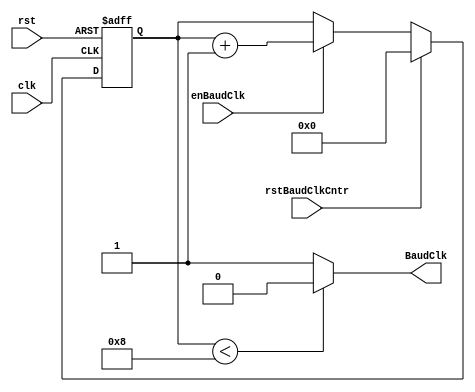
`timescale 1ns/1ps
module BaudClkGen (clk, rst, enBaudClk, rstBaudClkCntr, BaudClk);
input clk;
input rst;
input enBaudClk;
input rstBaudClkCntr;
output BaudClk;
reg [3:0] counter;
always @ (posedge clk or posedge rst)
begin
if (rst)
counter<= 0;
else if (rstBaudClkCntr)
counter<= 0;
else if (enBaudClk)
counter <= counter + 1;
end
assign BaudClk = (counter < 8) ? 0:1;
endmodule